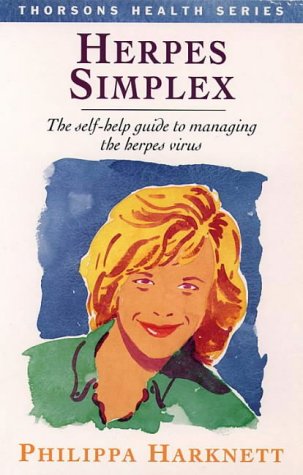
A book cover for Herpes Simplex (Thorsons Health); Philippa Harknett; Health, Fitness & Dieting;